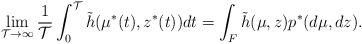
LaTeX: \begin{align*}\lim_{\mathcal{T}\rightarrow\infty}\frac{1}{\mathcal{T}}\int_0^{\mathcal{T}} \tilde h(\mu^*(t),z^*(t))dt= \int_F \tilde h(\mu,z)p^*(d\mu,dz).\end{align*}